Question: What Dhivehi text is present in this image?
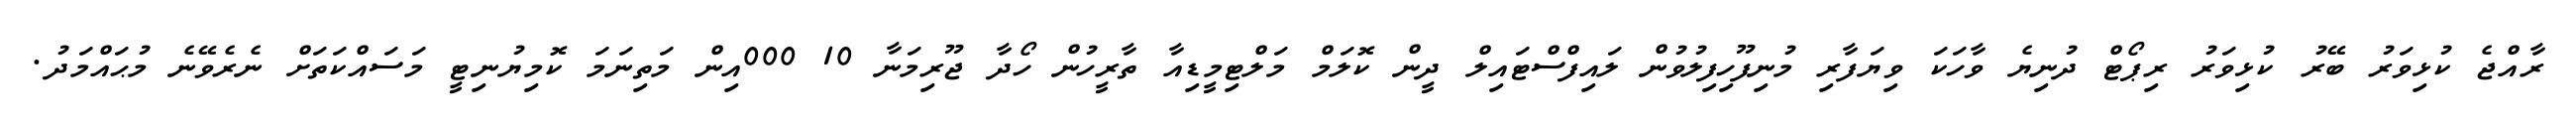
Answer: ރާއްޖެ ކުޅިވަރު ބޭރު ކުޅިވަރު ރިޕޯޓް ދުނިޔެ ވާހަކަ ވިޔަފާރި މުނިފޫހިފިލުވުން ލައިފްސްޓައިލް ދީން ކޮލަމް މަލްޓިމީޑިއާ ތާރީހުން ހޯދާ ޖޫރިމަނާ 10 000އިން މަތިނަމަ ކޮމިޔުނިޓީ މަސައްކަތަށް ނެރެވޭނެ މުޙައްމަދު.